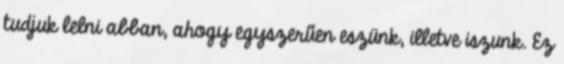
tudjuk lelni abban, ahogy egyszerűen eszünk, illetve iszunk. Ez